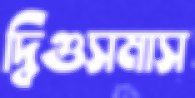
দ্বিগুসমাস